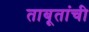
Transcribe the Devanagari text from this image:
ताबूतांची